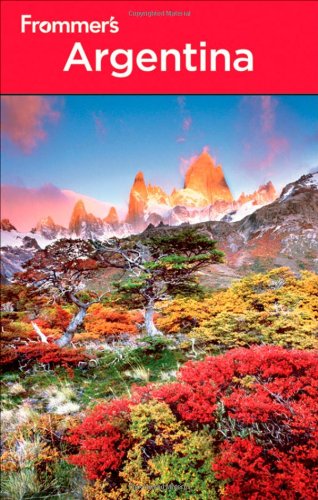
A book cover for Frommer's Argentina (Frommer's Complete Guides); Michael Luongo; Travel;